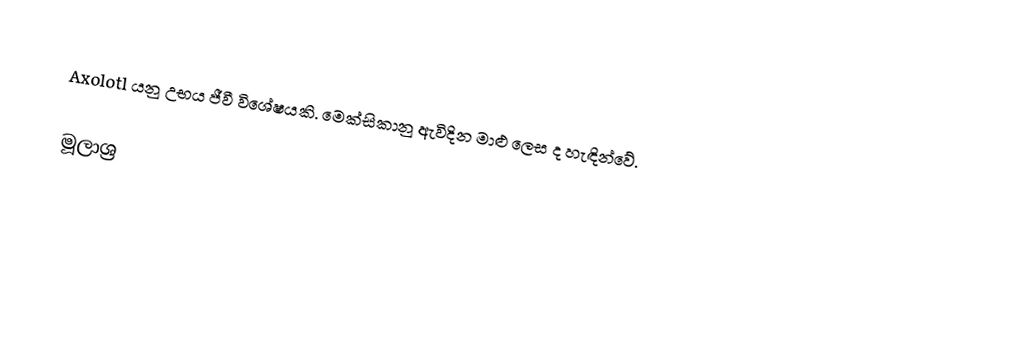
Axolotl යනු උභය ජීවී විශේෂයකි. මෙක්සිකානු ඇවිදින මාළු ලෙස ද හැඳින්වේ.

මූලාශ්‍ර